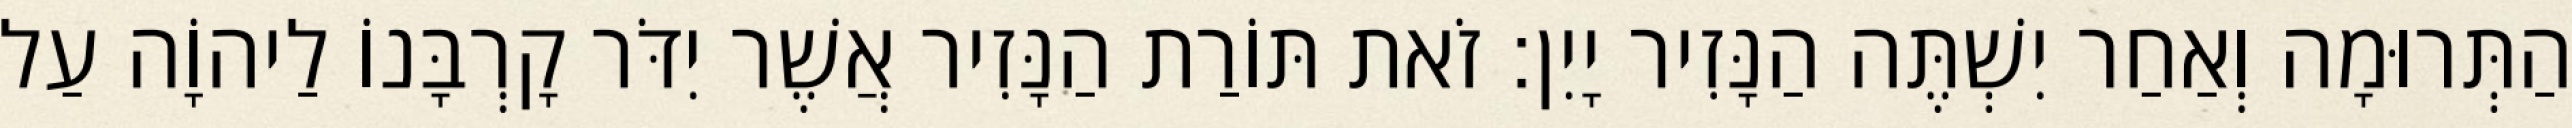
הַתְּרוּמָה וְאַחַר יִשְׁתֶּה הַנָּזִיר יָיִן׃ זֹאת תּוֹרַת הַנָּזִיר אֲשֶׁר יִדֹּר קָרְבָּנוֹ לַיהוָֹה עַל